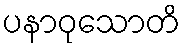
ပနာဝုသောတိ